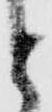
と